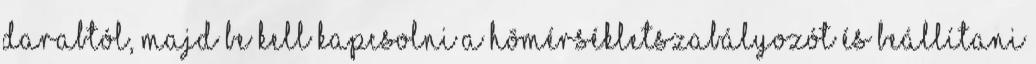
darabtól, majd be kell kapcsolni a hõmérsékletszabályozót és beállítani